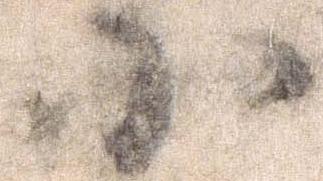
小